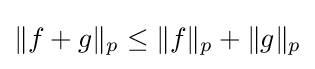
\|f+g\|_{p}\leq \|f\|_{p}+\|g\|_{p}